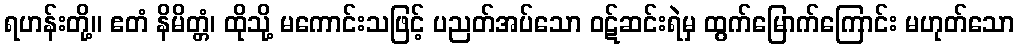
ရဟန်းတို့။ ဧတံ နိမိတ္တံ၊ ထိုသို့ မကောင်းသဖြင့် ပညတ်အပ်သော ဝဋ်ဆင်းရဲမှ ထွက်မြောက်ကြောင်း မဟုတ်သော